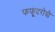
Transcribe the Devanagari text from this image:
फफूंदरोधी